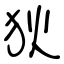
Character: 狄